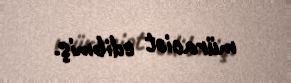
müraciət edibmiş.